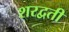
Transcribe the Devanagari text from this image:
शरद्वती